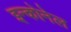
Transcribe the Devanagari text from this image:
इन्कोनेल